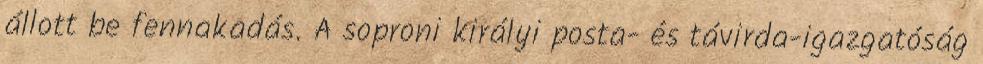
állott be fennakadás. A soproni királyi posta- és távirda-igazgatóság